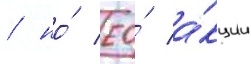
/ но́ ео́ а́кции